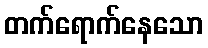
တက်ရောက်နေသော